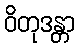
ဝိတုဒန္တာ